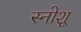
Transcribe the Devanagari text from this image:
स्नोशू